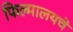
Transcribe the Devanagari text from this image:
फिल्मालयचे